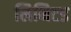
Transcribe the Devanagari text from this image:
लिमिटड